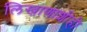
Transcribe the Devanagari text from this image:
लिखाणाशीही